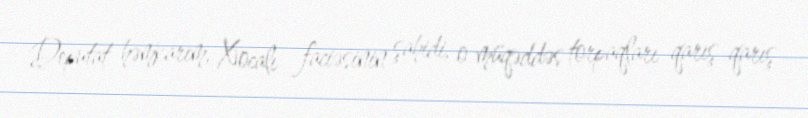
Deputat həmkarım, Xocalı faciəsinin şahidi, o müqəddəs torpaqları qarış-qarış